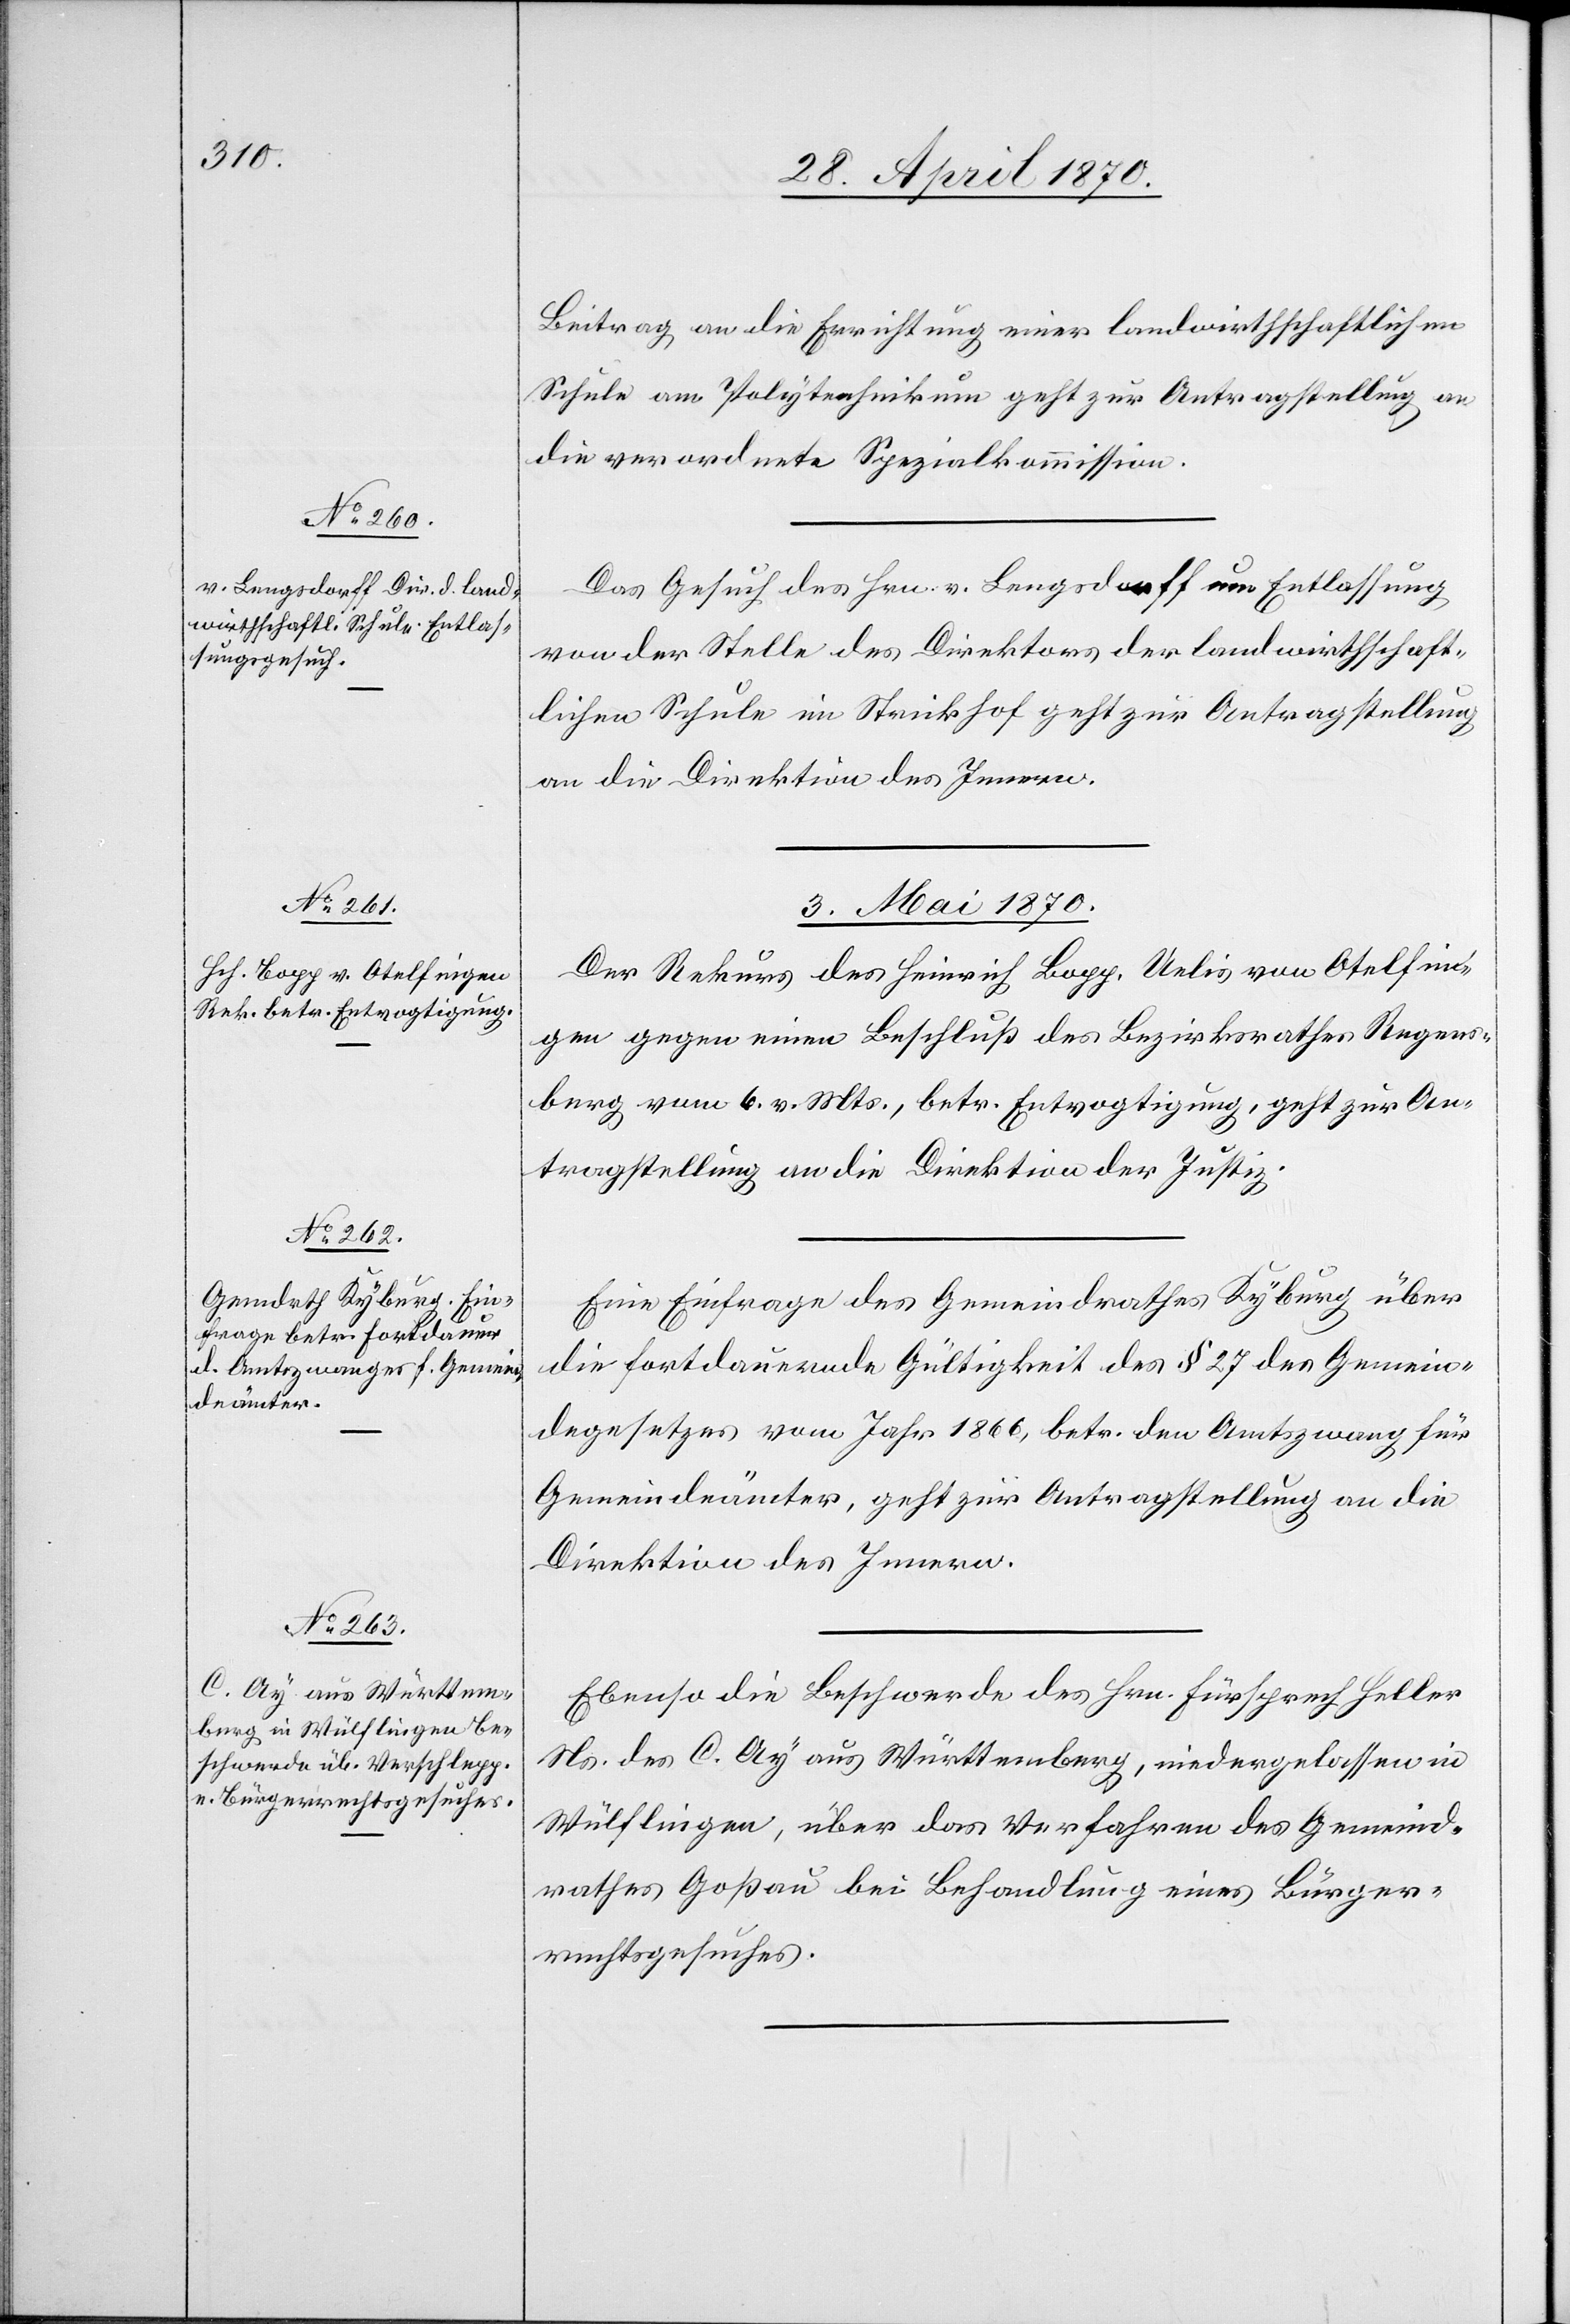
Beitrag an die Errichtung einer landwirthschaftlichen
Schule am Polytechnikum geht zur Antragstellung an
die verordnete Spezialkommission.
Das Gesuch des Hrn. v. Lengsdorff um Entlassung
von der Stelle des Direktors der landwirthschaft¬
lichen Schule im Strickhof geht zur Antragstellung
an die Direktion des Innern.
3. Mai 1870.]
Der Rekurs des Heinrich Bopp, Uelis von Otelfin¬
gen gegen einen Beschluß des Bezirksrathes Regens¬
berg vom 6. v. Mts., betr. Entvogtigung, geht zur An¬
tragstellung an die Direktion der Justiz.
Eine Einfrage des Gemeindrathes Kyburg über
die fortdauernde Gültigkeit des § 27 des Gemein¬
degesetzes vom Jahr 1866, betr. den Amtszwang für
Gemeindeämter, geht zur Antragstellung an die
Direktion des Innern.
Ebenso die Beschwerde des Hrn. Fürsprech Heller
Ns. des C. Ay aus Württemberg, niedergelassen in
Wülflingen, über das Verfahren des Gemeind¬
rathes Goßau bei Behandlung eines Bürger¬
rechtsgesuches.